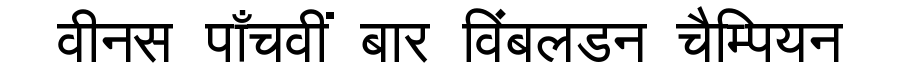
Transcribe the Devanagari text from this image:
वीनस पाँचवीं बार विंबलडन चैम्पियन